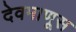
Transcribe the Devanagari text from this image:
देवमाणूस